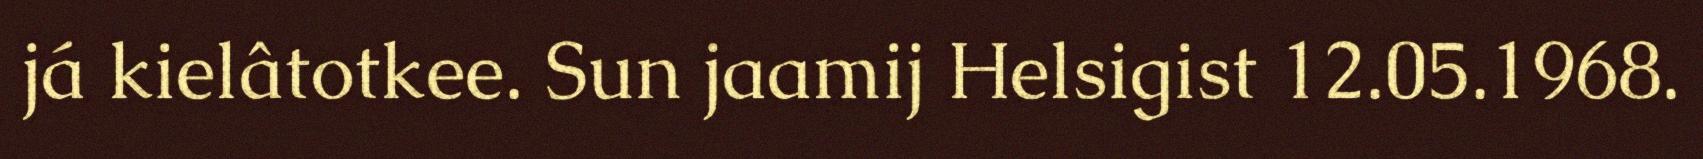
já kielâtotkee. Sun jaamij Helsigist 12.05.1968.